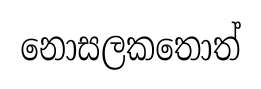
නොසලකතොත්